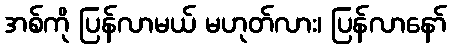
အစ်ကို ပြန်လာမယ် မဟုတ်လား၊ ပြန်လာနော်